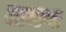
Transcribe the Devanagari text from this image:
लबण